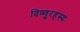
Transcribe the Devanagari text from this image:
विष्णुरहस्य